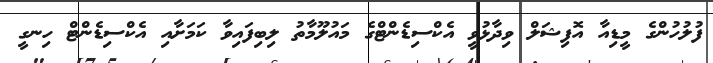
ފުލުހުންގެ މީޑިއާ އޮފިޝަލް ވިދާޅުވީ އެކްސިޑެންޓްގެ މައުލޫމާތު ލިބިފައިވާ ކަމަށާއި އެކްސިޑެންޓް ހިނގީ